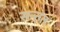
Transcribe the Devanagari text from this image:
सन्तत